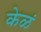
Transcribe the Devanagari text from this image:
केळं